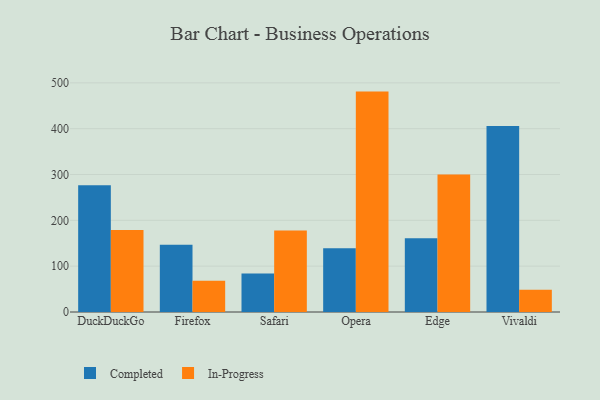
{"axis": {"x": "Browser", "y": "Operating Costs (USD K)"}, "legend": ["Completed", "In-Progress"], "data": [{"x": "DuckDuckGo", "y": 276.5, "type": "Completed"}, {"x": "DuckDuckGo", "y": 179.1, "type": "In-Progress"}, {"x": "Firefox", "y": 146.9, "type": "Completed"}, {"x": "Firefox", "y": 68.2, "type": "In-Progress"}, {"x": "Safari", "y": 84.0, "type": "Completed"}, {"x": "Safari", "y": 178.1, "type": "In-Progress"}, {"x": "Opera", "y": 138.9, "type": "Completed"}, {"x": "Opera", "y": 480.9, "type": "In-Progress"}, {"x": "Edge", "y": 161.1, "type": "Completed"}, {"x": "Edge", "y": 299.9, "type": "In-Progress"}, {"x": "Vivaldi", "y": 405.6, "type": "Completed"}, {"x": "Vivaldi", "y": 48.7, "type": "In-Progress"}]}